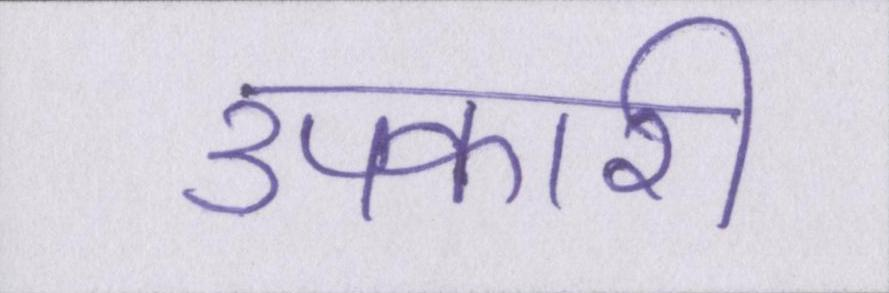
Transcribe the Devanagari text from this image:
उपकारी